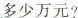
多少万元?